Civil Veterinary Dept. North-West Frontier Province 1923-32 - 1923-1932
Year: 1923
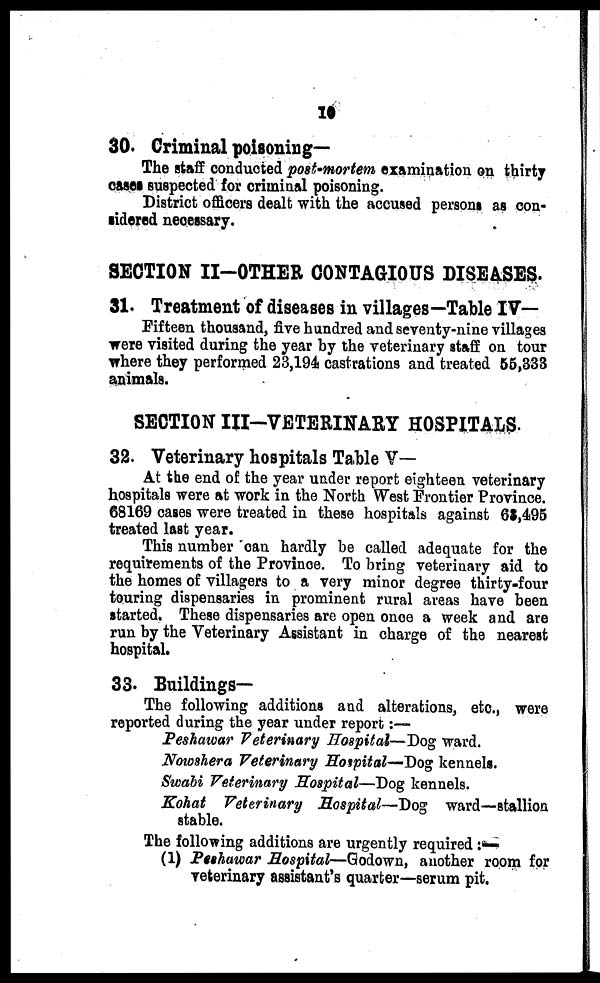
10
30. Criminal poisoning—
The staff conducted post-mortem examination on thirty
cases suspected for criminal poisoning.
District officers dealt with the accused persons as con-
sidered necessary.
SECTION II-OTHER CONTAGIOUS DISEASES.
31. Treatment of diseases in villages—Table IV—
Fifteen thousand, five hundred and seventy-nine villages
were visited during the year by the veterinary staff on tour
where they performed 23,194 castrations and treated 55,333
animals.
SECTION III-VETERINARY HOSPITALS.
32. Veterinary hospitals Table V—
At the end of the year under report eighteen veterinary
hospitals were at work in the North West Frontier Province.
68169 cases were treated in these hospitals against 68,495
treated last year.
This number can hardly be called adequate for the
requirements of the Province. To bring veterinary aid to
the homes of villagers to a very minor degree thirty-four
touring dispensaries in prominent rural areas have been
started. These dispensaries are open once a week and are
run by the Veterinary Assistant in charge of the nearest
hospital.
33. Buildings—
The following additions and alterations, etc., were
reported during the year under report:—
Peshawar Veterinary Hospital—Dog ward.
Nowshera Veterinary Hospital—Dog kennels.
Swabi Veterinary Hospital—Dog kennels.
Kohat Veterinary Hospital—Dog ward—stallion
stable.
The following additions are urgently required :—
(1) Peshawar Hospital—Godown, another room for
veterinary assistant's quarter—serum pit.